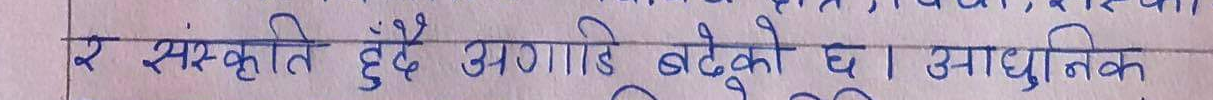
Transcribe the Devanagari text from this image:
र संस्कृति हुँदै अगाडि बढेको छ। आधुनिक